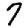
Digit: 7